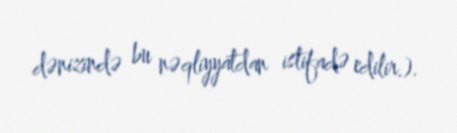
dənizində bu nəqliyyatdan istifadə edilir.).